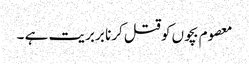
معصوم بچوں کو قتل کرنا بربریت ہے ۔